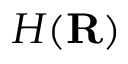
H ( \mathbf { R } )